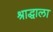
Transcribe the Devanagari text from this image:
श्राद्धाला